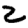
Digit: 2